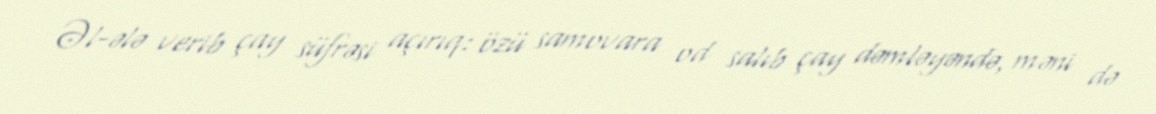
Əl-ələ verib çay süfrəsi açırıq: özü samovara od salıb çay dəmləyəndə, məni də